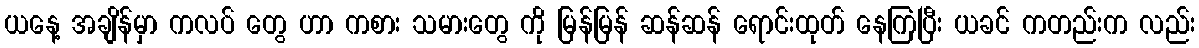
ယနေ့ အချိန်မှာ ကလပ် တွေ ဟာ ကစား သမားတွေ ကို မြန်မြန် ဆန်ဆန် ရောင်းထုတ် နေကြပြီး ယခင် ကတည်းက လည်း